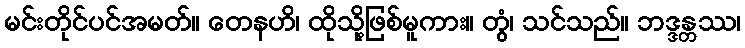
မင်းတိုင်ပင်အမတ်။ တေနဟိ၊ ထိုသို့ဖြစ်မူကား။ တွံ၊ သင်သည်။ ဘဒ္ဒန္တဿ၊